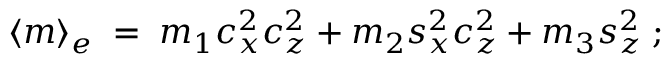
\langle m \rangle _ { e } \; = \; m _ { 1 } c _ { x } ^ { 2 } c _ { z } ^ { 2 } + m _ { 2 } s _ { x } ^ { 2 } c _ { z } ^ { 2 } + m _ { 3 } s _ { z } ^ { 2 } \; ;